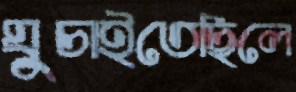
ঘুচাইতেছিলে